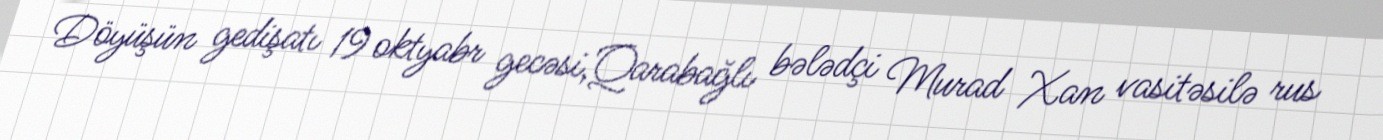
Döyüşün gedişatı 19 oktyabr gecəsi,Qarabağlı bələdçi Murad Xan vasitəsilə rus